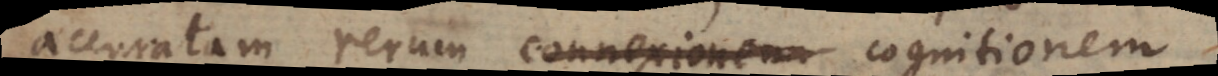
accuratam rerum connexionem cognitionem